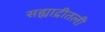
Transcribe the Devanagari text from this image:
सह्याद्रीतली